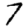
Digit: 7